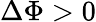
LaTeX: \Delta\Phi>0